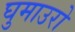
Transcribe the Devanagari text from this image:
घुमाउरो